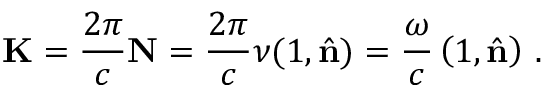
\mathbf { K } = { \frac { 2 \pi } { c } } \mathbf { N } = { \frac { 2 \pi } { c } } \nu ( 1 , { \hat { \mathbf { n } } } ) = { \frac { \omega } { c } } \left( 1 , { \hat { \mathbf { n } } } \right) \, .